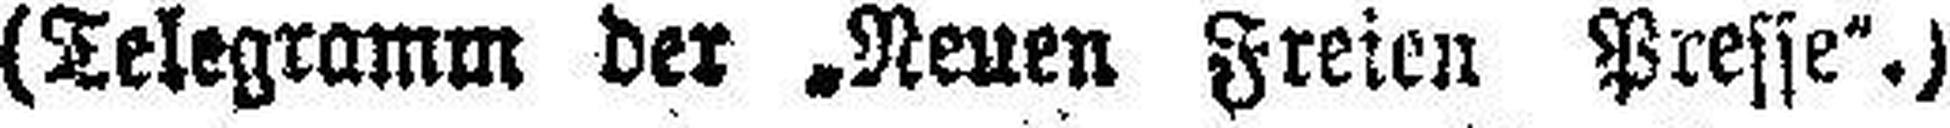
(Telegramm der „Neuen Freien Presse“.)